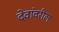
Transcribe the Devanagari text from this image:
देवांवरील